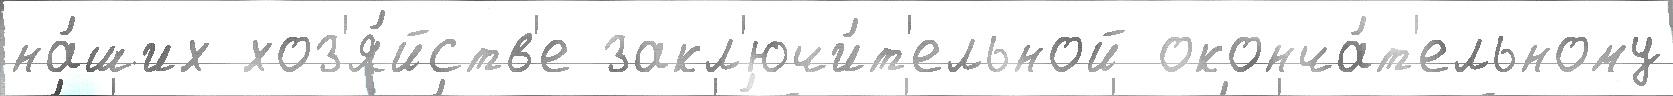
на́ших хоз'я́йств'е закл'ючи́т'ельной оконча́т'ельному